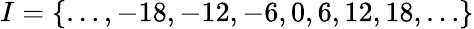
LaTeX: I=\{ \dots,-18,-12,-6,0,6,12,18,\dots\}